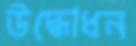
উদ্ধোধন